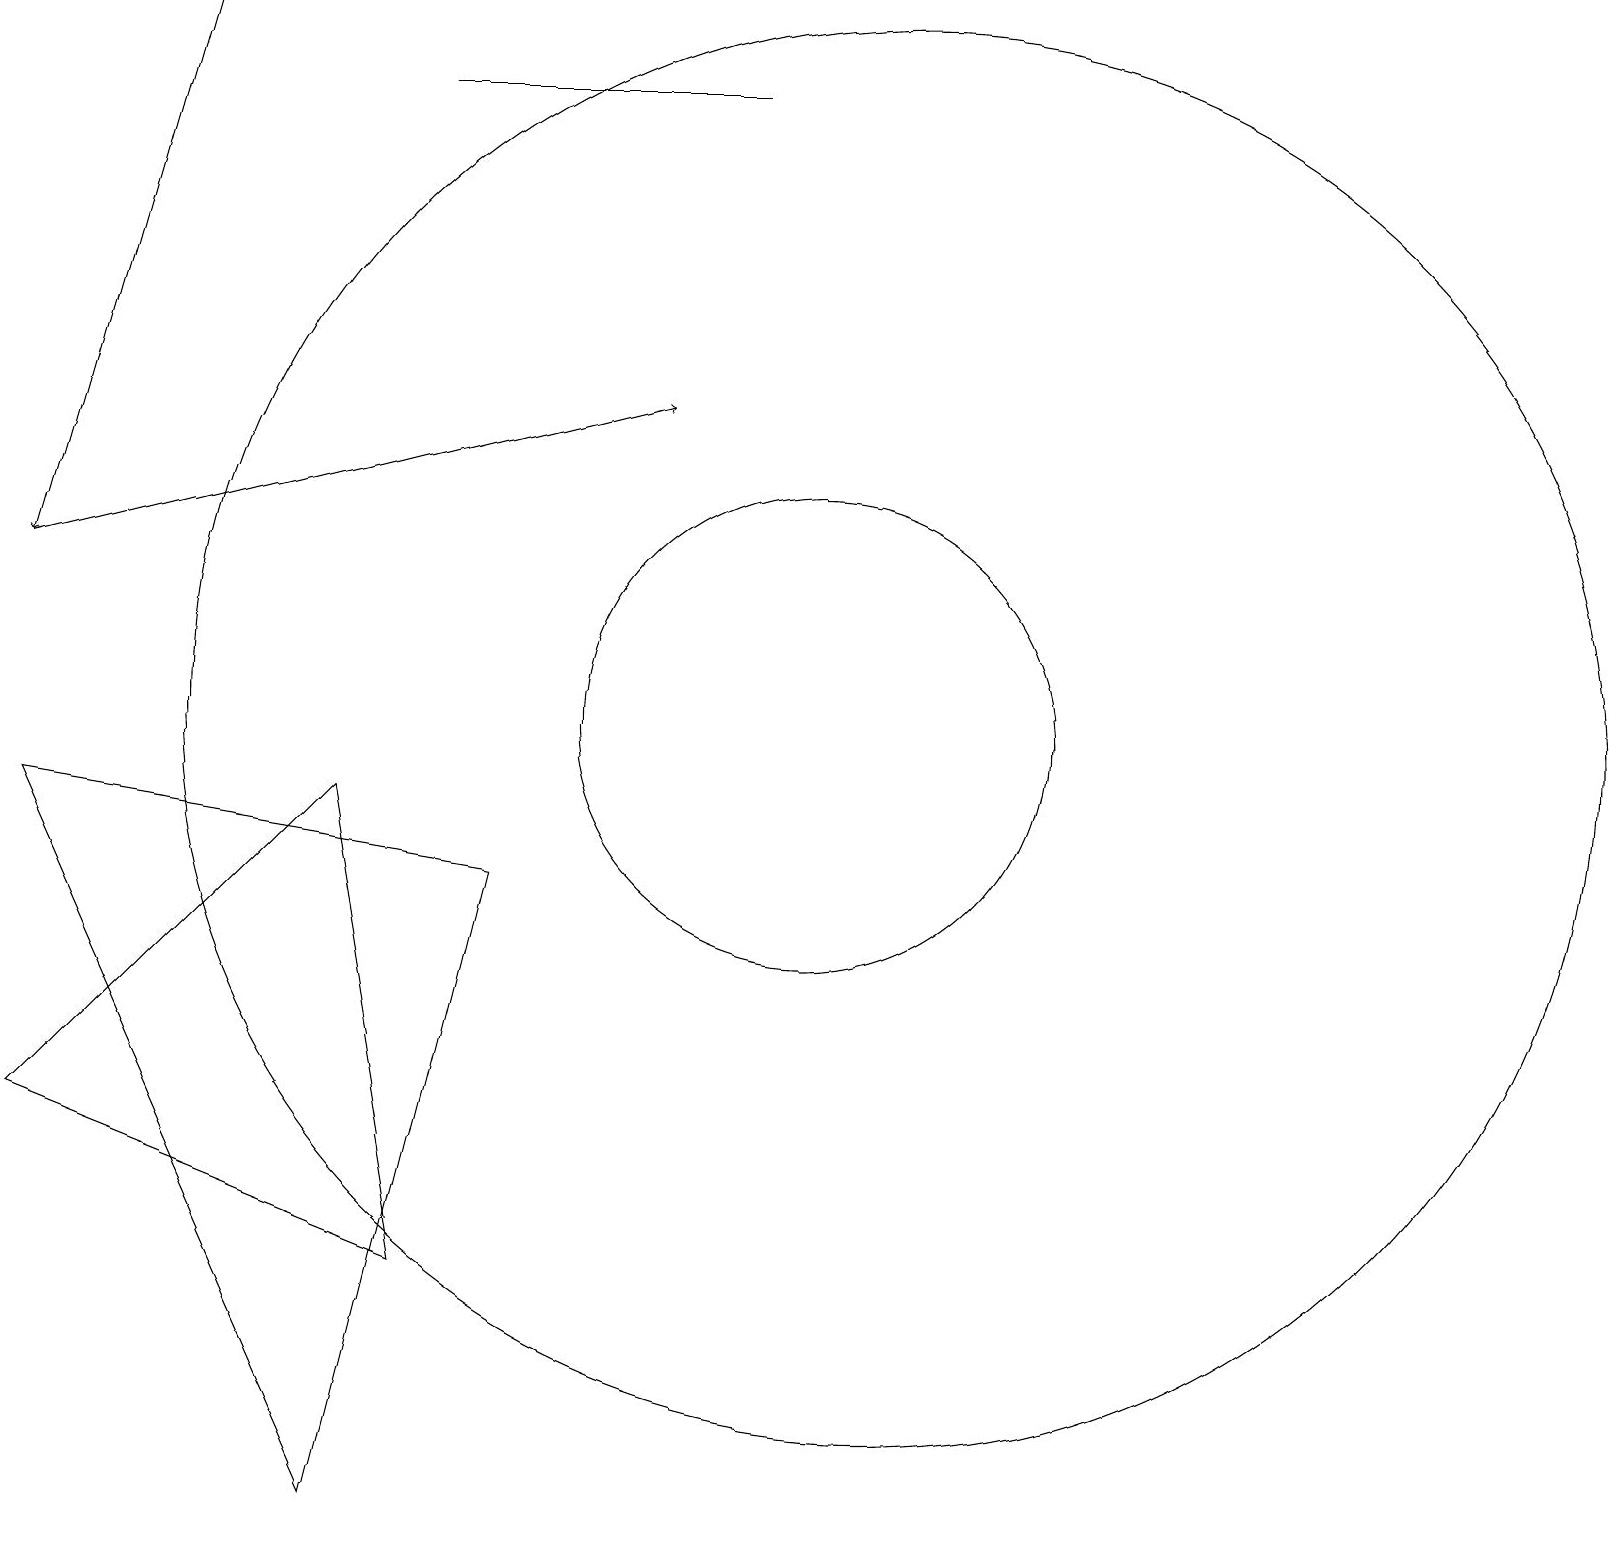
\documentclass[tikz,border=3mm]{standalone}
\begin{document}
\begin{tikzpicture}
\draw (5,3) -- (4,9) -- (0,5) -- cycle;
\draw[->] (2,19) -- (0,12);
\draw (4,0) -- (6,8) -- (0,9) -- cycle;
\draw (10,10) circle (3);
\draw (11,10) circle (9);
\draw[->] (0,12) -- (8,14);
\draw (5,18) rectangle (9,18);
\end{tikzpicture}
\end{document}